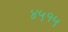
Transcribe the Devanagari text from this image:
४५१५